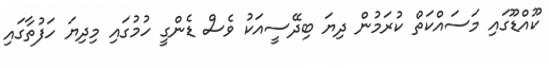
ކޫއްޑޫގައި މަސައްކަތް ކުރަމުން ދިޔަ ބިދޭސީއަކު ވެސް ޑެންގީ ހުމުގައި މިދިޔަ ހަފުތާގައި